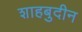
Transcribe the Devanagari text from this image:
शाहबुदीन